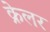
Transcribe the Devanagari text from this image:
क्रेलर